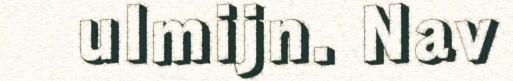
ulmijn. Nav